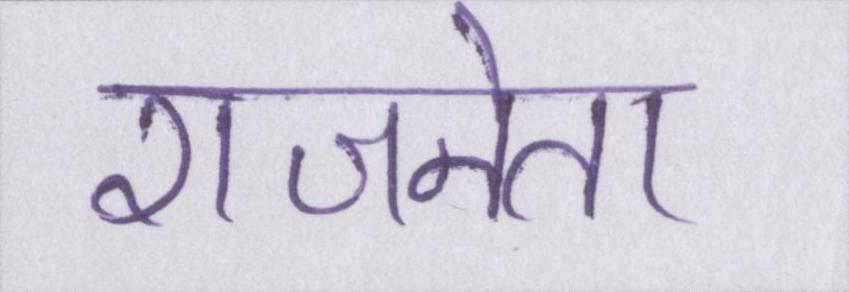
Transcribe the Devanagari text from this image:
राजनेता